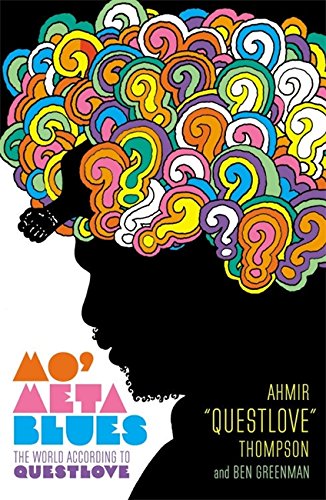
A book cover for Mo' Meta Blues: The World According to Questlove; Ahmir "Questlove" Thompson; Arts & Photography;